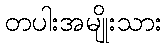
တပါးအမျိုးသား